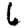
Digit: 6